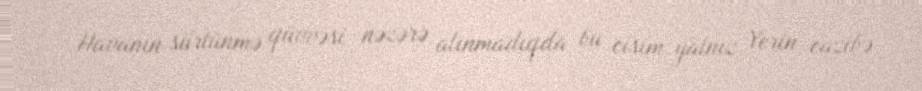
Havanın sürtünmə qüvvəsi nəzərə alınmadıqda bu cisim yalnız Yerin cazibə